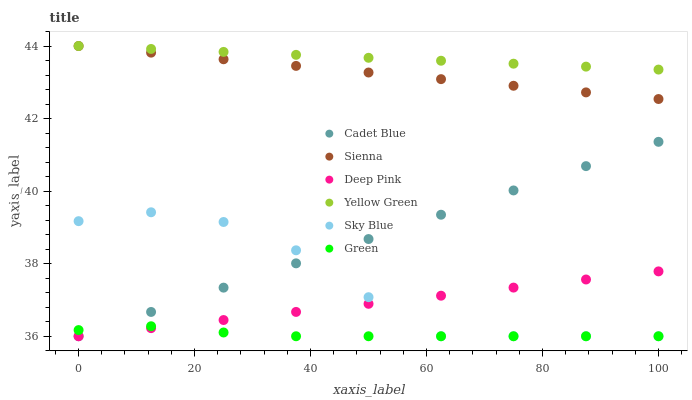
| xaxis_label | Cadet Blue | Sienna | Deep Pink | Yellow Green | Sky Blue | Green |
 | --- | --- | --- | --- | --- | --- | --- |
 | 0 | 36 | 44 | 36 | 44 | 39.2 | 36.2 |
 | 12.5 | 36.7 | 43.8 | 36.2 | 43.9 | 39.4 | 36.3 |
 | 25 | 37.3 | 43.6 | 36.4 | 43.8 | 39.1 | 36.1 |
 | 37.5 | 38 | 43.5 | 36.7 | 43.8 | 38.4 | 36 |
 | 50 | 38.7 | 43.3 | 36.9 | 43.7 | 37.1 | 36 |
 | 62.5 | 39.3 | 43.1 | 37.1 | 43.6 | 36 | 36 |
 | 75 | 40 | 42.9 | 37.3 | 43.5 | 36 | 36 |
 | 87.5 | 40.7 | 42.7 | 37.6 | 43.4 | 36 | 36 |
 | 100 | 41.4 | 42.5 | 37.8 | 43.4 | 36 | 36 |